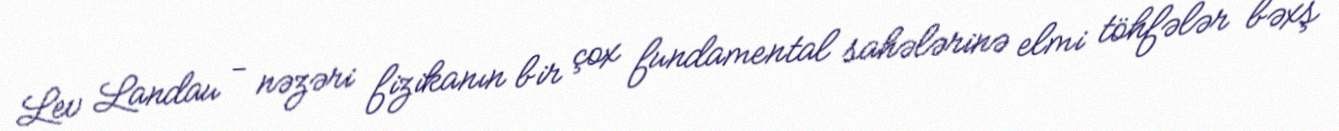
Lev Landau - nəzəri fizikanın bir çox fundamental sahələrinə elmi töhfələr bəxş